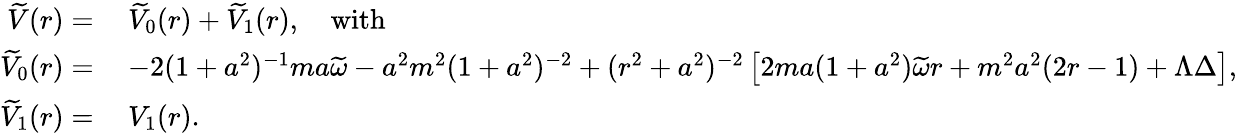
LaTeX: \begin{array}{rl}{\widetilde{V}(r)=}&{\: \widetilde{V}_{0}(r)+\widetilde{V}_{1}(r),\quad\textnormal{with}}\\ {\widetilde{V}_{0}(r)=}&{\: -2(1+a^{2})^{-1}ma\widetilde{\omega}-a^{2}m^{2}(1+a^{2})^{-2}+(r^{2}+a^{2})^{-2}\left[2ma(1+a^{2})\widetilde{\omega}r+m^{2}a^{2}(2r-1)+\Lambda\Delta\right],}\\ {\widetilde{V}_{1}(r)=}&{\: V_{1}(r).}\end{array}